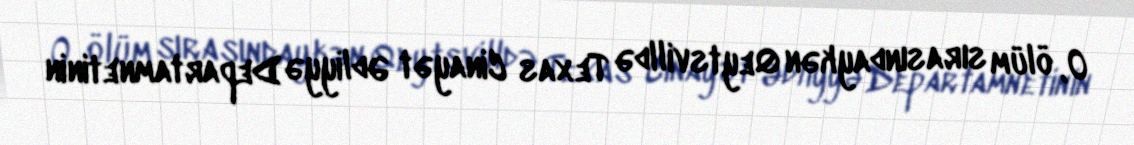
O, ölüm sırasındaykən Qeytsvilldə Texas Cinayət Ədliyyə Departamnetinin